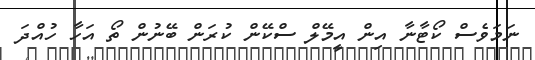
ނަމަވެސް ކޯޓާނާ އިން އީމޭލް ސްކޭން ކުރަން ބޭނުން ތޯ އަހާ ހުއްދަ